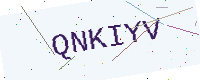
Text: QNKIYV